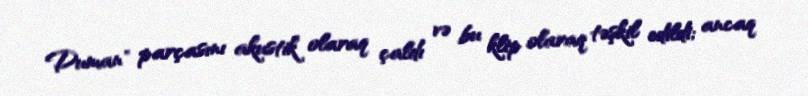
Duman" parçasını akustik olaraq çaldı və bu klip olaraq təşkil edildi; ancaq